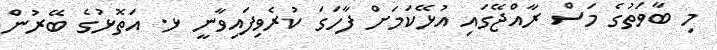
މި ބާވަތުގެ މަސް ރާއްޖޭގައި އުޅޭކަމަށް ފާހަގަ ކުރެވިފައިވާނީ ޅ. އަތޮޅުގެ ބޭރުން